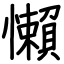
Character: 懶